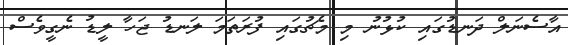
އާސެނަލް ދަނޑުގައި ކުޅުނު މި މެޗުގައި ފުރަތަމަ ލަނޑު ޖަހާ ލީޑު ނެގީވެސް